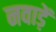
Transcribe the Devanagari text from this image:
नवाड़ें